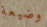
وضيعة